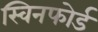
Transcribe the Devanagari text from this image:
स्विनफोर्ड